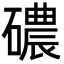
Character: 䃩